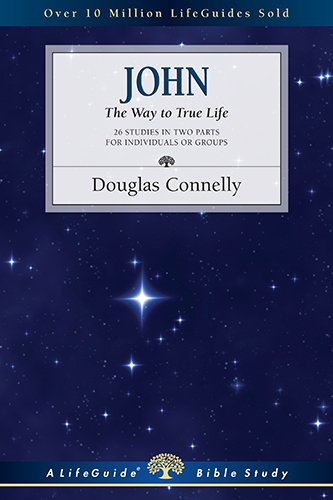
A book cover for John: The Way to True Life (Lifeguide Bible Studies); Douglas Connelly; Christian Books & Bibles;